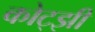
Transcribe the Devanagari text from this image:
कोट्झी